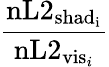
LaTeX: \frac{\mathrm{nL2_{\mathrm{shad}_{i}}}}{\mathrm{nL2}_{\mathrm{vis}_{i}}}